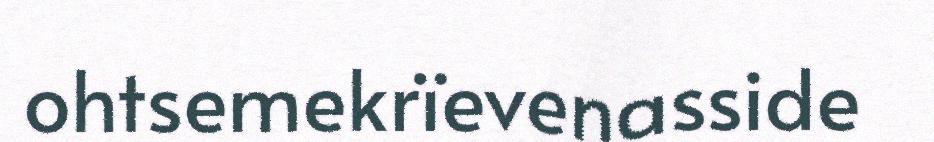
ohtsemekrïevenasside